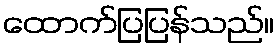
ထောက်ပြပြန်သည်။